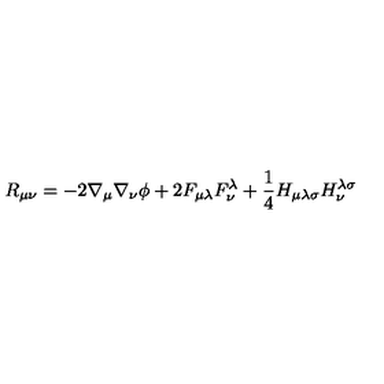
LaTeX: R _ { \mu \nu } = - 2 \nabla _ { \mu } \nabla _ { \nu } \phi + 2 F _ { \mu \lambda } F _ { \nu } ^ { \lambda } + \frac { 1 } { 4 } H _ { \mu \lambda \sigma } H _ { \nu } ^ { \lambda \sigma }